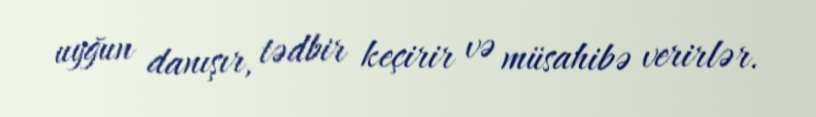
uyğun danışır, tədbir keçirir və müsahibə verirlər.